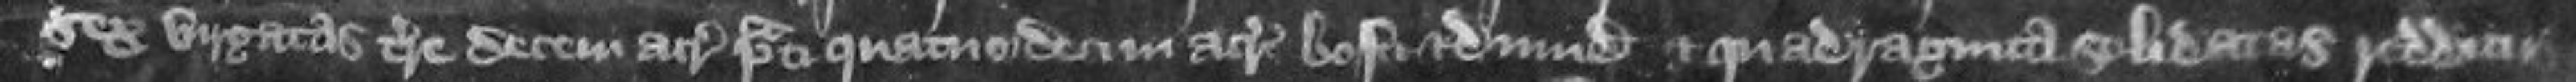
sex virgatas terre decem acras prati quatuordecim acras bosci et dimidium et quadraginta solidatas redditus